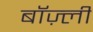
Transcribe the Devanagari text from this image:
बॉज़्ली